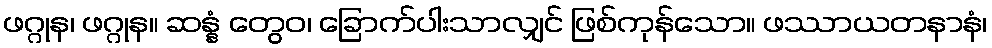
ဖဂ္ဂုန၊ ဖဂ္ဂုန။ ဆန္နံ တွေဝ၊ ခြောက်ပါးသာလျှင် ဖြစ်ကုန်သော။ ဖဿာယတနာနံ၊